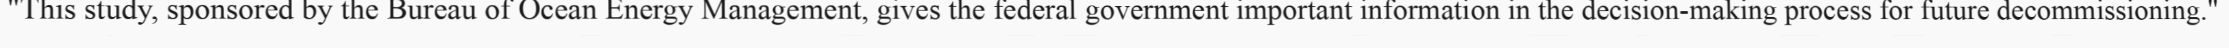
"This study, sponsored by the Bureau of Ocean Energy Management, gives the federal government important information in the decision-making process for future decommissioning."